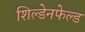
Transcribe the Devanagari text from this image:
शिल्डेनफेल्ड